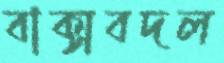
বাক্সবদল